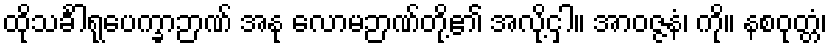
ထိုသင်္ခါရုပေက္ခာဉာဏ် အနု လောမဉာဏ်တို့၏ အလို့ငှါ။ အာဝဇ္ဇနံ၊ ကို။ နစဝုတ္တံ၊